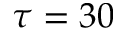
\tau = 3 0